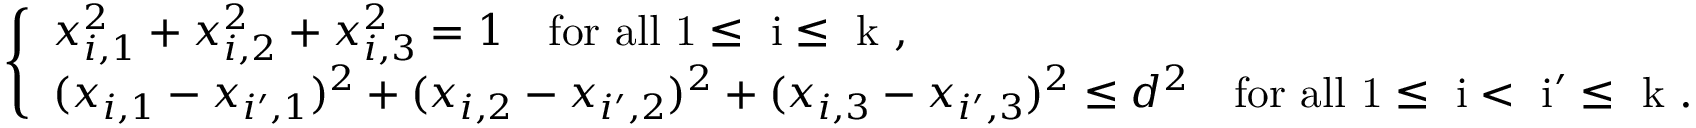
\left\{ \begin{array} { l l } { x _ { i , 1 } ^ { 2 } + x _ { i , 2 } ^ { 2 } + x _ { i , 3 } ^ { 2 } = 1 \quad \mathrm { f o r ~ a l l ~ 1 \leq ~ i \leq ~ k ~ , } } \\ { ( x _ { i , 1 } - x _ { i ^ { \prime } , 1 } ) ^ { 2 } + ( x _ { i , 2 } - x _ { i ^ { \prime } , 2 } ) ^ { 2 } + ( x _ { i , 3 } - x _ { i ^ { \prime } , 3 } ) ^ { 2 } \leq d ^ { 2 } \quad \mathrm { f o r ~ a l l ~ 1 \leq ~ i < ~ i ' \leq ~ k ~ . } } \end{array} \right.